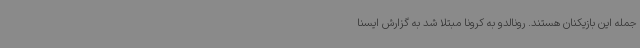
جمله این بازیکنان هستند. رونالدو به کرونا مبتلا شد به گزارش ایسنا